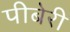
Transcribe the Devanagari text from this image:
पीबेरी